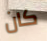
كان